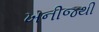
ખનીજથી